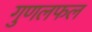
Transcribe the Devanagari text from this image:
गुणलफल